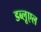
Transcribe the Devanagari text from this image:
डब्लूएल